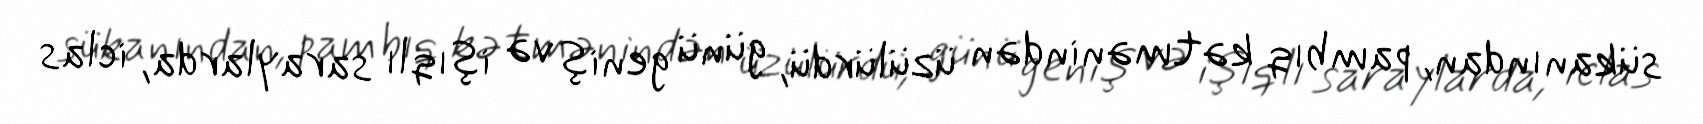
sükanından, pambıq kətmənindən üzülürdü, günü geniş və işıqlı saraylarda, iclas